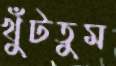
খুঁটতুম